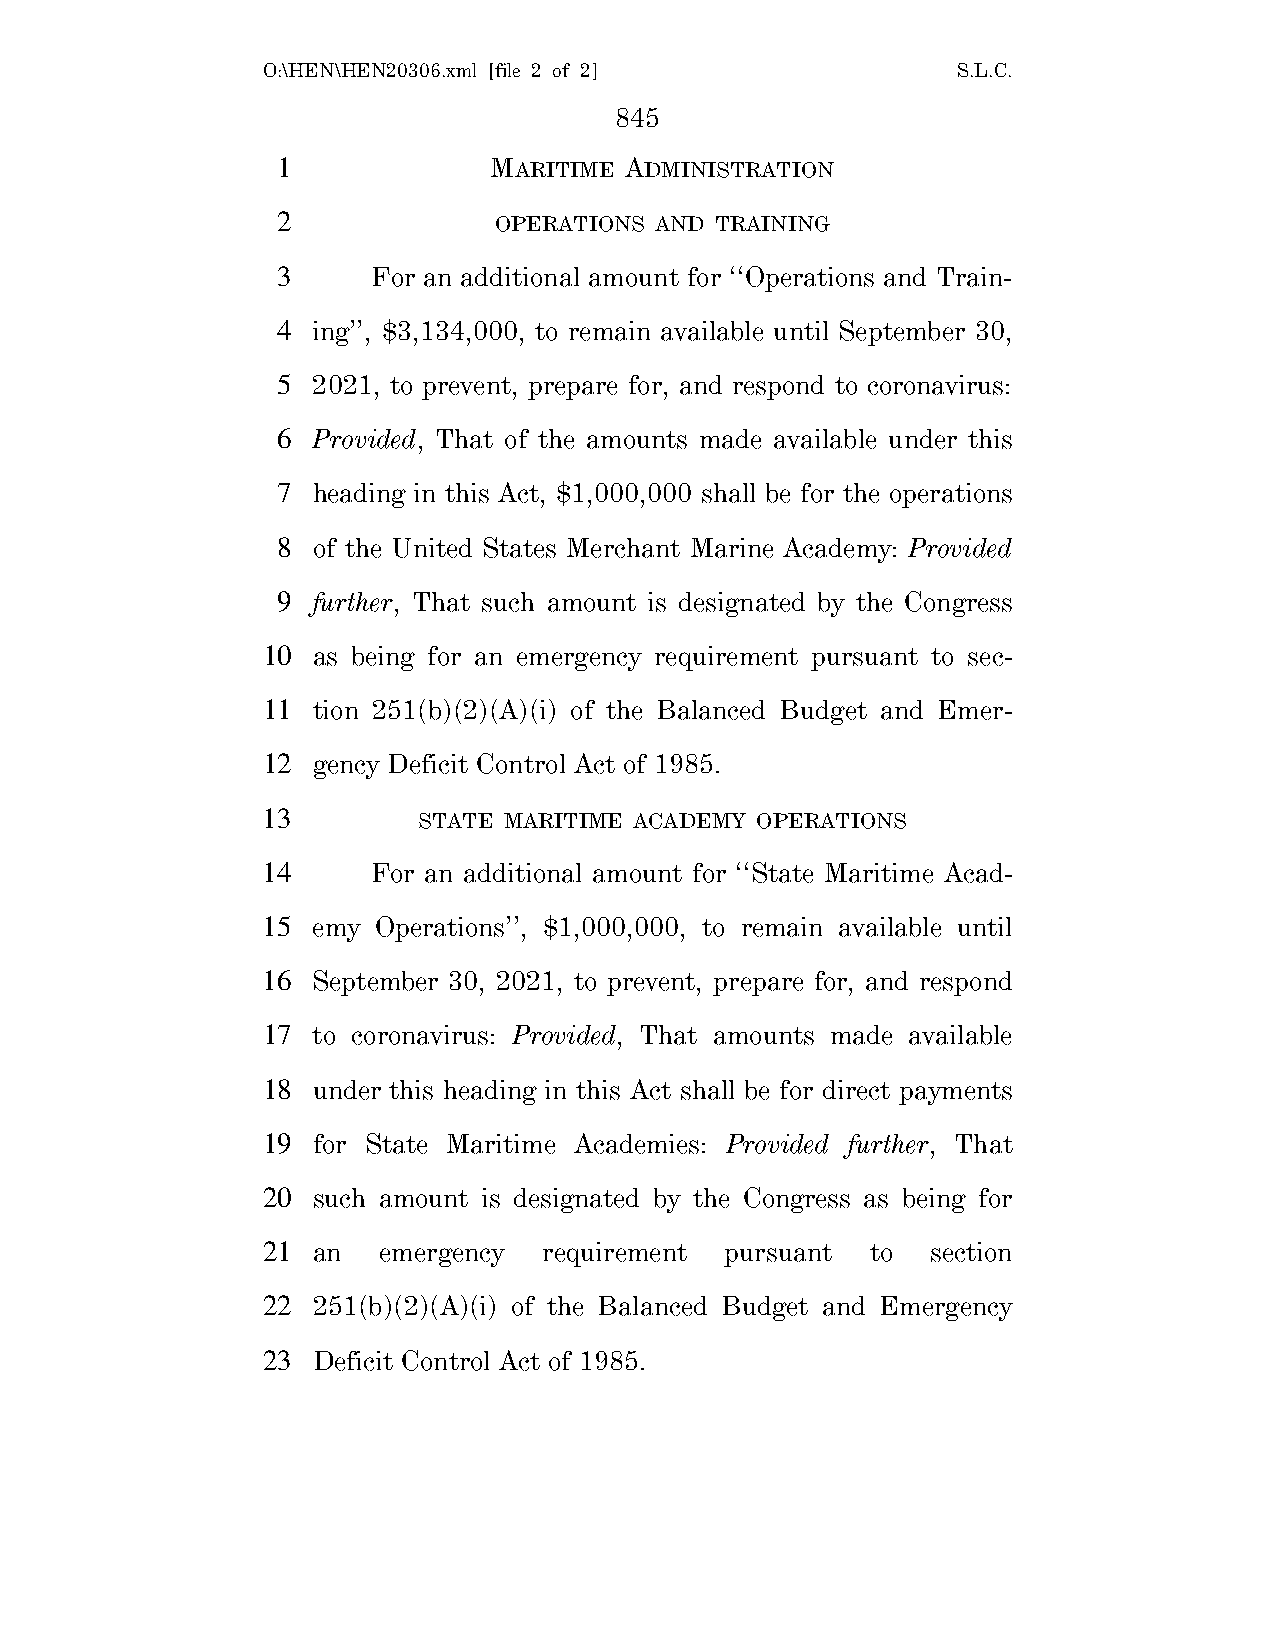
O:\HEN\HEN20306.xml [file 2 of 2]             S.L.C.
 845
 1             MARITIME ADMINISTRATION
 2              OPERATIONS AND TRAINING
 3      For an additional amount for ‘‘Operations and Train-
 4  ing’’, $3,134,000, to remain available until September 30,
 5  2021, to prevent, prepare for, and respond to coronavirus:
 6  Provided, That of the amounts made available under this
 7  heading in this Act, $1,000,000 shall be for the operations
 8  of the United States Merchant Marine Academy: Provided
 9  further, That such amount is designated by the Congress
 10  as being for an emergency requirement pursuant to sec-
 11  tion 251(b)(2)(A)(i) of the Balanced Budget and Emer-
 12  gency Deficit Control Act of 1985.
 13         STATE MARITIME ACADEMY OPERATIONS
 14      For an additional amount for ‘‘State Maritime Acad-
 15  emy Operations’’, $1,000,000, to remain available until
 16  September 30, 2021, to prevent, prepare for, and respond
 17  to coronavirus: Provided, That amounts made available
 18  under this heading in this Act shall be for direct payments
 19  for State Maritime Academies: Provided further, That
 20  such amount is designated by the Congress as being for
 21  an  emergency  requirement pursuant  to  section
 22  251(b)(2)(A)(i) of the Balanced Budget and Emergency
 23  Deficit Control Act of 1985.